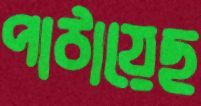
পাঠায়েছ